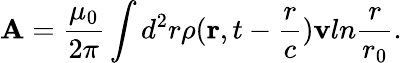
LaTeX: {\mathbf A}={\frac{\mu_{0}}{2\pi}}\int d^{2}r\rho({\mathbf r},t-{\frac{r}{c}}){\mathbf v}ln{\frac{r}{r_{0}}}.